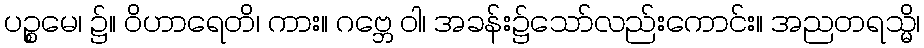
ပဉ္စမေ၊ ၌။ ဝိဟာရေတိ၊ ကား။ ဂဗ္ဘေ ဝါ၊ အခန်း၌သော်လည်းကောင်း။ အညတရသ္မိ၊